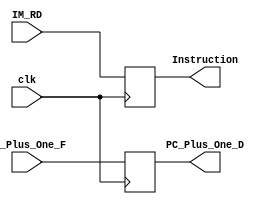
`timescale 1ns / 1ps
//////////////////////////////////////////////////////////////////////////////////
// Company: 
// Engineer: 
// 
// Design Name: 
// Module Name:    Fetch_Decode_Pipeline 
// Project Name: 
// Target Devices: 
// Tool versions: 
// Description: 
//
// Dependencies: 
//
// Revision: 
// Revision 0.01 - File Created
// Additional Comments: This pipeline register separates the Fetch and Decode stages 
// of the pipeline. It sits brtween the Instruction Memory and Register File.
//////////////////////////////////////////////////////////////////////////////////
module Fetch_Decode_Pipeline( input clk,
										input [31:0] IM_RD,
										input [31:0] PC_Plus_One_F,
										output reg [31:0] Instruction,
										output reg [31:0] PC_Plus_One_D
										);
										
	always @(posedge clk) begin
		Instruction <= IM_RD;
		PC_Plus_One_D <= PC_Plus_One_F;
	end 
	
endmodule